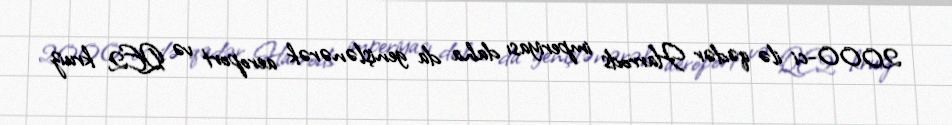
2000-ci ilə qədər Harrods imperiyası daha da genişlənərək aeroport və QE2 kruiz